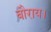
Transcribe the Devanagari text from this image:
बौराय।